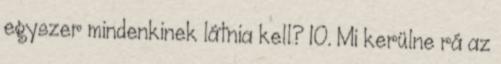
egyszer mindenkinek látnia kell? 10. Mi kerülne rá az